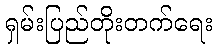
ရှမ်းပြည်တိုးတက်ရေး